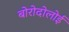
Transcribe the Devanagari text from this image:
बोरोदोलोई